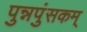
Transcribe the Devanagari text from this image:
पुन्नपुंसकम्‌